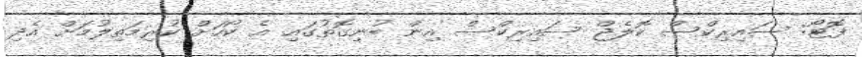
ފޮޓޯ: ސައިރިކްސް ކޮލެޖް ސައިރިކްސް އިން ބުނިގޮތުގައި އެ ކޯހަށް ކުރިމަތިލުމަށް އެދި